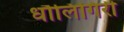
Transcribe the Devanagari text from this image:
धौलिगिरी